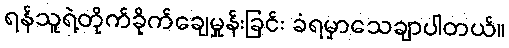
ရန်သူရဲ့တိုက်ခိုက်ချေမှုန်းခြင်း ခံရမှာသေချာပါတယ်။